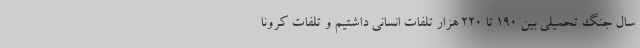
سال جنگ تحمیلی بین 190 تا 220 هزار تلفات انسانی داشتیم و تلفات کرونا